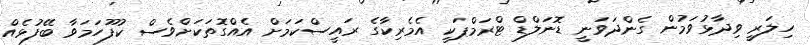
ހިލަރީ ވިދާޅުވަމުން ގެންދަވަނީ ޑޮނަލްޑް ޓްރަމްޕަކީ އެމެރިކާގެ ރައީސްކަމަށް އެއްގޮތަކަށްވެސް ކުފޫހަމަވާ ބޭފުޅެއް